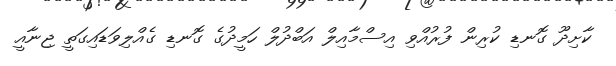
ކާށިދޫ ގޮނޑި ކުރިން ފުރުއްވި އިސްމާއިލް އަބްދުލް ހަމީދުގެ ގޮނޑި ގެއްލިވަޑައިގަތީ ޖިނާއީ